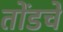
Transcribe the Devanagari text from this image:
तोंडचें